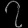
Digit: ၇